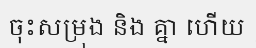
ចុះសម្រុង និង គ្នា ហើយ